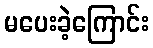
မပေးခဲ့ကြောင်း